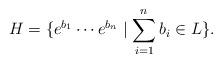
LaTeX: \begin{align*}H=\{e^{b_1}\cdots e^{b_n}\mid \sum_{i=1}^n b_i\in L\}.\end{align*}